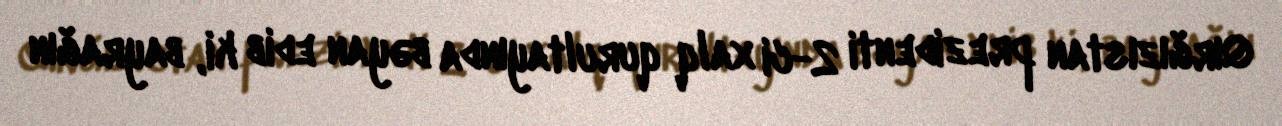
Qırğızıstan prezidenti 2-ci xalq qurultayında bəyan edib ki, bayrağın